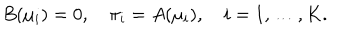
B ( \mu _ { i } ) = 0 , \quad \pi _ { i } = A ( \mu _ { i } ) , \quad i = 1 , \ldots , K .